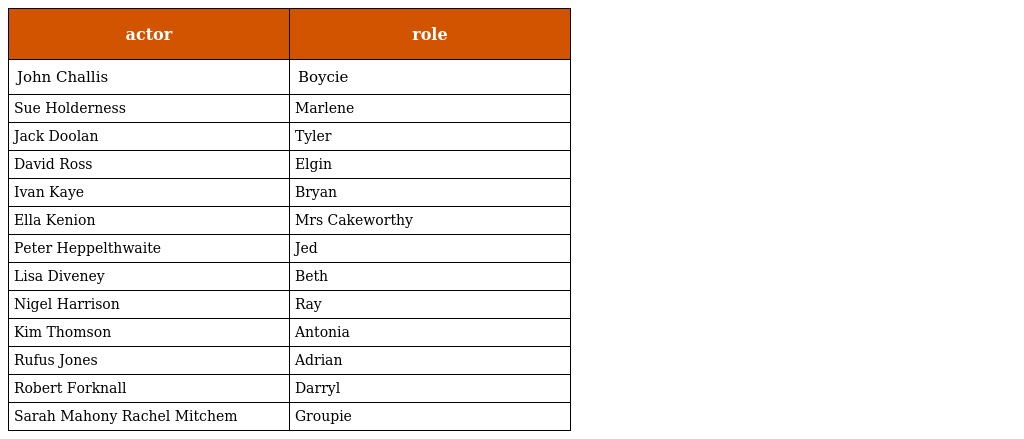
| actor | role |
 | --- | --- |
 | John Challis | Boycie |
 | Sue Holderness | Marlene |
 | Jack Doolan | Tyler |
 | David Ross | Elgin |
 | Ivan Kaye | Bryan |
 | Ella Kenion | Mrs Cakeworthy |
 | Peter Heppelthwaite | Jed |
 | Lisa Diveney | Beth |
 | Nigel Harrison | Ray |
 | Kim Thomson | Antonia |
 | Rufus Jones | Adrian |
 | Robert Forknall | Darryl |
 | Sarah Mahony Rachel Mitchem | Groupie |